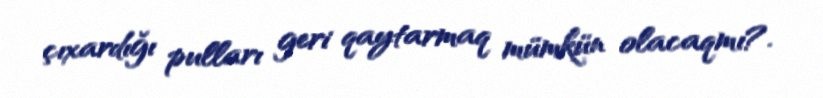
çıxardığı pulları geri qaytarmaq mümkün olacaqmı?.